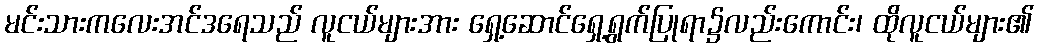
မင်းသားကလေးအင်ဒရေသည် လူငယ်များအား ရှေ့ဆောင်ရှေ့ရွက်ပြုရာ၌လည်းကောင်း၊ ထိုလူငယ်များ၏